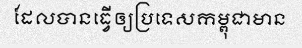
ដែលបានធ្វើឲ្យប្រទេសកម្ពុជាមាន